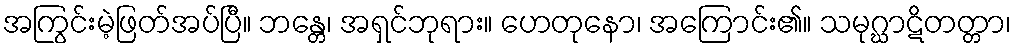
အကြွင်းမဲ့ဖြတ်အပ်ပြီ။ ဘန္တေ၊ အရှင်ဘုရား။ ဟေတုနော၊ အကြောင်း၏။ သမုဂ္ဃာဋိတတ္တာ၊